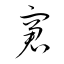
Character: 窘